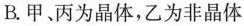
B.甲、丙为晶体，乙为非晶体